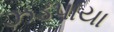
ઝડપાયા